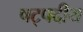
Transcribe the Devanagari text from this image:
षट्पदीय